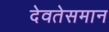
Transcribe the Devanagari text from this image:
देवतेसमान